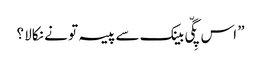
” اس پِگّی بینک سے پیسہ تو نے نکالا ؟